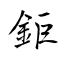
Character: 鉅